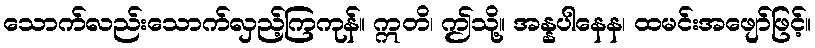
သောက်လည်းသောက်လှည့်ကြကုန်။ ဣတိ၊ ဤသို့။ အန္နပါနေန၊ ထမင်းအဖျော်ဖြင့်။